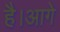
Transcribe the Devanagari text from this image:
है।आगे